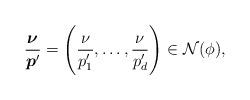
LaTeX: \begin{align*}\frac{\boldsymbol \nu}{\boldsymbol p'}=\Bigg(\frac{\nu}{p_1'},\dots, \frac{\nu}{p_d'}\Bigg) \in \mathcal N(\phi),\end{align*}